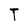
Character: T